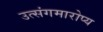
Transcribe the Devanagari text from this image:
उत्संगमारोप्य